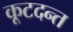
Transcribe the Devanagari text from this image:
कूटदन्त